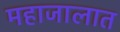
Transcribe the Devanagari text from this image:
महाजालात